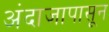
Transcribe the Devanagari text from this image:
अंदाजापासून